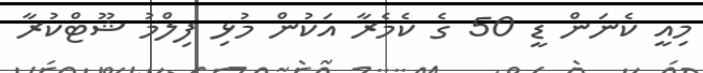
މިއީ ކެނަން ޑީ 50 ގެ ކެމެރާ އަކުން މުޅި ފިލްމު ޝޫޓްކުރާ